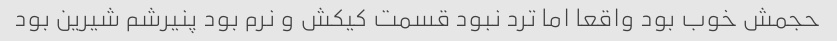
حجمش خوب بود واقعا اما ترد نبود قسمت کیکش و نرم بود پنیرشم شیرین بود